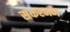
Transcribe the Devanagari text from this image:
संकरमण